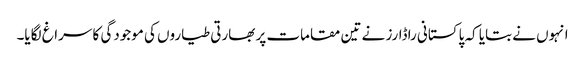
انہوں نے بتایا کہ پاکستانی راڈارز نے تین مقامات پر بھارتی طیاروں کی موجودگی کا سراغ لگایا۔